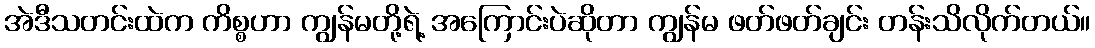
အဲဒီသတင်းထဲက ကိစ္စဟာ ကျွန်မတို့ရဲ့ အကြောင်းပဲဆိုတာ ကျွန်မ ဖတ်ဖတ်ချင်း တန်းသိလိုက်တယ်။